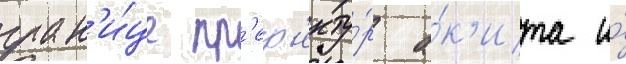
гран'и́це пр'еф'екту́р а́к'ита и́